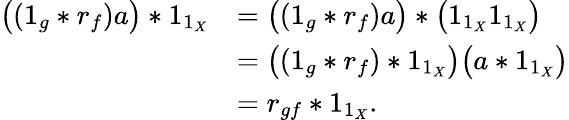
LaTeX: \begin{array}{rl}{\bigl((1_{g}*r_{f})a\bigr)*1_{1_{X}}}&{=\bigl((1_{g}*r_{f})a\bigr)*\bigl(1_{1_{X}}1_{1_{X}}\bigr)}\\ &{=\bigl((1_{g}*r_{f})*1_{1_{X}}\bigr)\bigl(a*1_{1_{X}}\bigr)}\\ &{=r_{gf}*1_{1_{X}}.}\end{array}